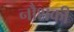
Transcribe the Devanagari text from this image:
नौशकी